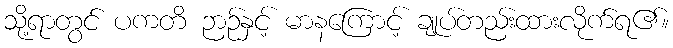
သို့ရာတွင် ပကတိ ဉာဉ်နှင့် မာနကြောင့် ချုပ်တည်းထားလိုက်ရ၏။